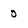
Character: 0